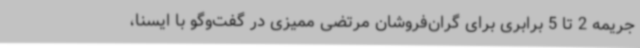
جریمه 2 تا 5 برابری برای گران‌فروشان مرتضی ممیزی در گفت‌وگو با ایسنا،